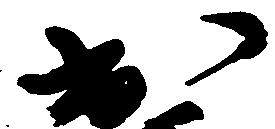
出